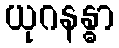
ယုဂနန္ဓာ